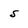
Character: S